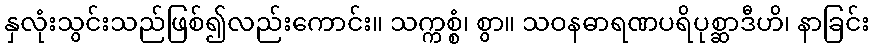
နှလုံးသွင်းသည်ဖြစ်၍လည်းကောင်း။ သက္ကစ္စံ၊ စွာ။ သဝနဓာရဏပရိပုစ္ဆာဒီဟိ၊ နာခြင်း